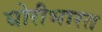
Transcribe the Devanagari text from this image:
घोरीभारत